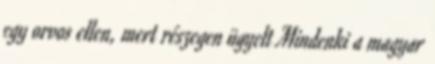
egy orvos ellen, mert részegen ügyelt Mindenki a magyar